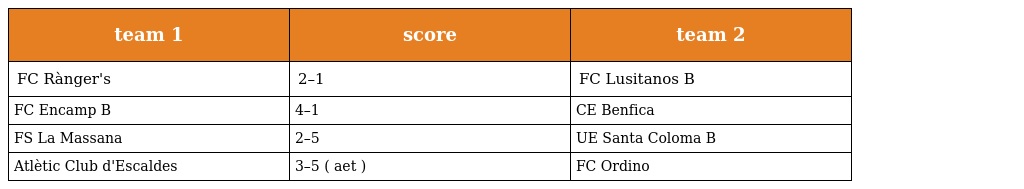
| team 1 | score | team 2 |
 | --- | --- | --- |
 | FC Rànger's | 2–1 | FC Lusitanos B |
 | FC Encamp B | 4–1 | CE Benfica |
 | FS La Massana | 2–5 | UE Santa Coloma B |
 | Atlètic Club d'Escaldes | 3–5 ( aet ) | FC Ordino |